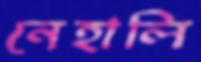
নেহালি